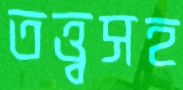
তত্ত্বসহ